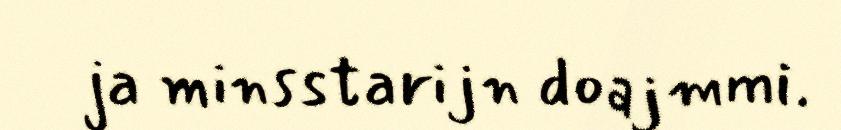
ja minsstarijn doajmmi.